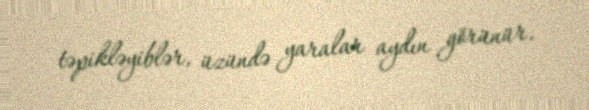
təpikləyiblər, üzündə yaralar aydın görünür.